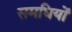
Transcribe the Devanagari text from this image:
समधियों